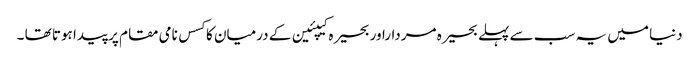
دنیا میں یہ سب سے پہلے بحیرہ مرداراور بحیرہ کیپئین کے درمیان کا کسس نامی مقام پر پیدا ہوتا تھا ۔